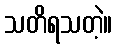
သတိရသတဲ့။